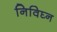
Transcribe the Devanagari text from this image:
निविघ्न